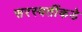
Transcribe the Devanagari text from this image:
सरस्वतींकडे